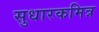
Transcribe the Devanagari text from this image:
सुधारकमित्र